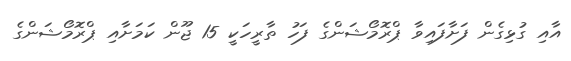
އާއި ގުޅިގެން ފަށާފައިވާ ޕްރޮމޯޝަންގެ ފަހު ތާރީހަކީ 15 ޖޫން ކަމަށާއި ޕްރޮމޯޝަންގެ